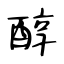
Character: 醇